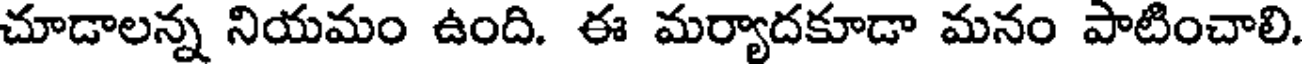
చూడాలన్న నియమం ఉంది. ఈ మర్యాదకూడా మనం పాటించాలి.